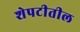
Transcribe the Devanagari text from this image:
शेपटीतील